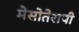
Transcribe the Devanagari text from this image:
मेसोतेरापी